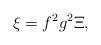
LaTeX: \begin{align*}\xi=f^2g^2\Xi,\end{align*}